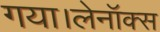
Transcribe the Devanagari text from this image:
गया।लेनॉक्स